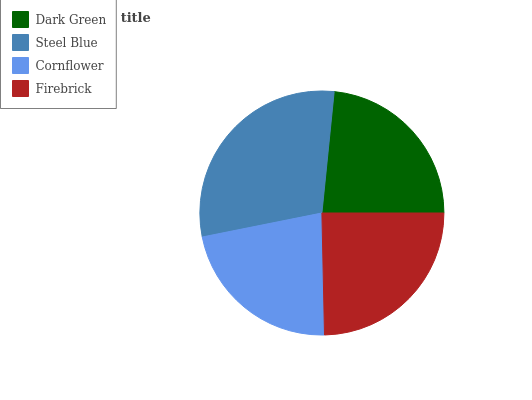
| Dark Green | Steel Blue | Cornflower | Firebrick |
 | --- | --- | --- | --- |
 | 23.4% | 29.8% | 22.1% | 24.7% |